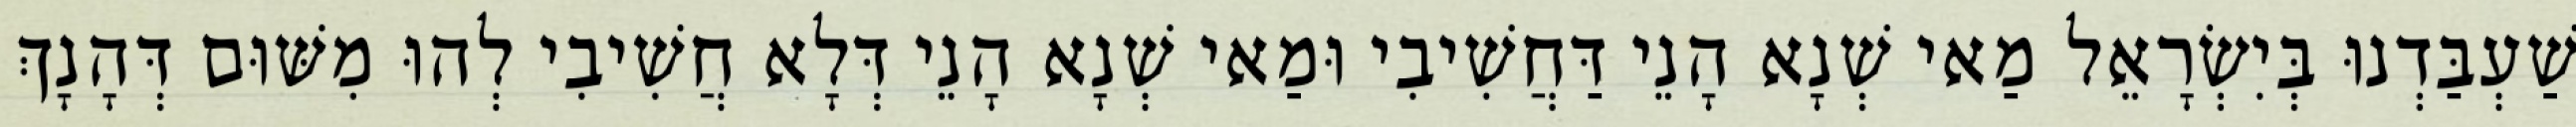
שַׁעְבַּדְנוּ בְּיִשְׂרָאֵל מַאי שְׁנָא הָנֵי דַּחֲשִׁיבִי וּמַאי שְׁנָא הָנֵי דְּלָא חֲשִׁיבִי לְהוּ מִשּׁוּם דְּהָנָךְ